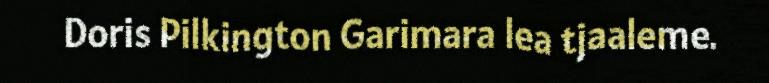
Doris Pilkington Garimara lea tjaaleme.